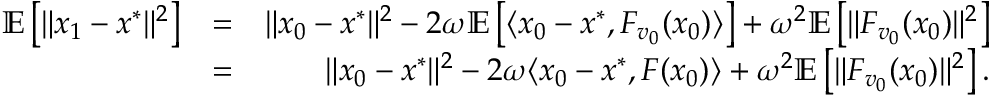
\begin{array} { r l r } { \mathbb { E } \left[ \| x _ { 1 } - x ^ { * } \| ^ { 2 } \right] } & { = } & { \| x _ { 0 } - x ^ { * } \| ^ { 2 } - 2 \omega \mathbb { E } \left[ \langle x _ { 0 } - x ^ { * } , F _ { v _ { 0 } } ( x _ { 0 } ) \rangle \right] + \omega ^ { 2 } \mathbb { E } \left[ \| F _ { v _ { 0 } } ( x _ { 0 } ) \| ^ { 2 } \right] } \\ & { = } & { \| x _ { 0 } - x ^ { * } \| ^ { 2 } - 2 \omega \langle x _ { 0 } - x ^ { * } , F ( x _ { 0 } ) \rangle + \omega ^ { 2 } \mathbb { E } \left[ \| F _ { v _ { 0 } } ( x _ { 0 } ) \| ^ { 2 } \right] . } \end{array}